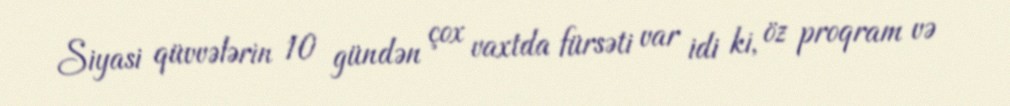
Siyasi qüvvələrin 10 gündən çox vaxtda fürsəti var idi ki, öz proqram və